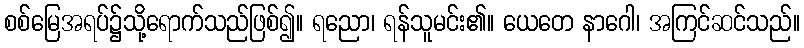
စစ်မြေအရပ်၌သို့ရောက်သည်ဖြစ်၍။ ရညော၊ ရန်သူမင်း၏။ ယေတေ နာဂေါ၊ အကြင်ဆင်သည်။